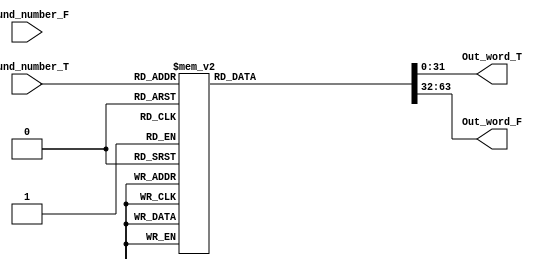
module Rcon(
	input	[ROUND-1:0]	Round_number_T,
	input	[ROUND-1:0]	Round_number_F,
	output reg	[WORD-1:0]	Out_word_T,
	output reg	[WORD-1:0]	Out_word_F
);		// module name and ports list.
	
	//parameters declaration
	parameter ROUND = 4; //number of rounds in bits
	parameter WORD = 32; //number of bits in a word
	
	always @(*)
	begin
		case(Round_number_T)
			4'd1:begin
			 Out_word_T = {8'h01,24'h0};
			 Out_word_F={8'hFE,24'hFFFFFF};
			 end
			4'd2:begin
			 Out_word_T = {8'h02,24'h0};
			 Out_word_F={8'hFD,24'hFFFFFF};
			 end
 			4'd3:begin
 			 Out_word_T = {8'h04,24'h0};
 			 Out_word_F={8'hFB,24'hFFFFFF};
 			 end
			4'd4:begin
			 Out_word_T = {8'h08,24'h0};
			 Out_word_F={8'hF7,24'hFFFFFF};
			 end
			4'd5:begin
			 Out_word_T = {8'h10,24'h0};
			 Out_word_F = {8'hEF,24'hFFFFFF};
			 end
			4'd6:begin
			 Out_word_T = {8'h20,24'h0};
			 Out_word_F = {8'hDF,24'hFFFFFF};
			 end
			4'd7:begin
			 Out_word_T = {8'h40,24'h0};
			 Out_word_F = {8'hBF,24'hFFFFFF};
			 end
			4'd8:begin
			 Out_word_T = {8'h80,24'h0};
			 Out_word_F = {8'h7F,24'hFFFFFF};
			 end
			4'd9:begin
			 Out_word_T = {8'h1b,24'h0};
			 Out_word_F = {8'hB4,24'hFFFFFF};
			 end
			4'd10:begin
			 Out_word_T = {8'h36,24'h0};
			 Out_word_F = {8'hC9,24'hFFFFFF};
			 end					
			4'd11:begin
			 Out_word_T = {8'h6c,24'h0};
			 Out_word_F = {8'h93,24'hFFFFFF};	
			 end		
			4'd12:begin
			 Out_word_T = {8'hd8,24'h0};
			  Out_word_F = {8'h27,24'hFFFFFF};		
			 end		
			4'd13:begin
			 Out_word_T = {8'hab,24'h0};
			  Out_word_F = {8'h54,24'hFFFFFF};	
			 end			
			4'd14:begin
			 Out_word_T = {8'h4d,24'h0};
			  Out_word_F = {8'hB2,24'hFFFFFF};	
			 end			
			4'd15:begin
			 Out_word_T = {8'h9a,24'h0};
			  Out_word_F = {8'h65,24'hFFFFFF};	
			 end		
			
			default:begin
			 Out_word_T = {8'h00,24'h0};
			  Out_word_F = {8'hFF,24'hFFFFFF};
			 end
		endcase
		
		
		
	end
endmodule